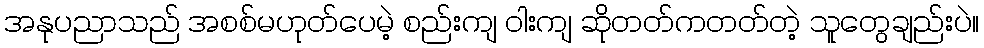
အနုပညာသည် အစစ်မဟုတ်ပေမဲ့ စည်းကျ ဝါးကျ ဆိုတတ်ကတတ်တဲ့ သူတွေချည်းပဲ။